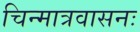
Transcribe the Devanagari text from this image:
चिन्मात्रवासनः